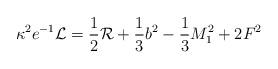
LaTeX: \begin{align*}\kappa^{2}e^{-1}{\cal{L}} = \frac{1}{2}{\cal{R}} + \frac{1}{3}b^2 - \frac{1}{3}M_{1}^{2} + 2F^{2}\end{align*}